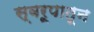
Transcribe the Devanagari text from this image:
स्वरूपातून